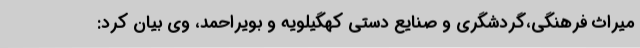
میراث فرهنگی،گردشگری و صنایع دستی کهگیلویه و بویراحمد، وی بیان کرد: